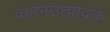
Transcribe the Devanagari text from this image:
वाहनउत्पादक